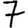
Digit: 7